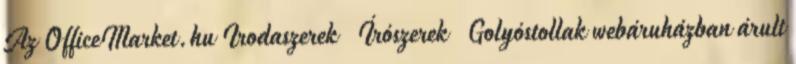
Az OfficeMarket.hu Irodaszerek Írószerek Golyóstollak webáruházban árult